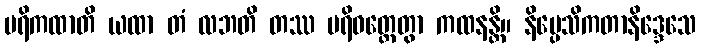
ပရိကထာတိ ယထာ တံ လဘတိ တဿ ပရိဝတ္တေတွာ ကထနန္တိ။ နိပ္ပေသိကတာနိဒ္ဒေသေ